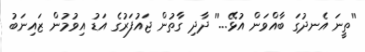
''ތީނަ އެނދުގަ ބާއްވަން އުޅޭ...'' ދާދި ގާތުން ޖައުފަރުގެ އަޑު އިވުމުން ޒައިނަބު